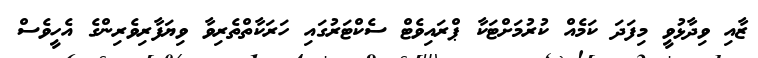
ޒާއި ވިދާޅުވީ މިފަދަ ކަމެއް ކުރުމަށްޓަކާ ޕްރައިވެޓް ސެކްޓަރުގައި ހަރަކާތްތެރިވާ ވިޔަފާރިވެރިންގެ އެހީވެސް